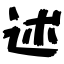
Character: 述